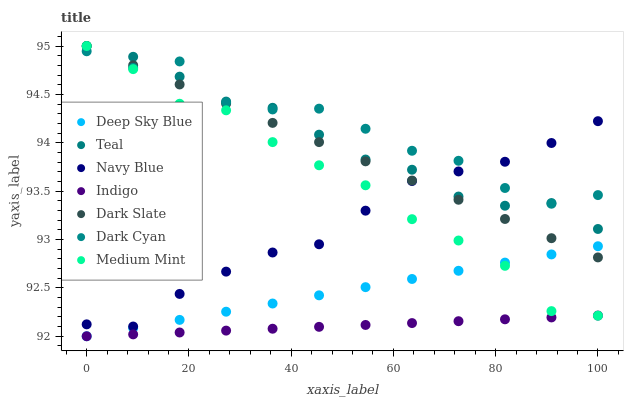
| xaxis_label | Deep Sky Blue | Teal | Navy Blue | Indigo | Dark Slate | Dark Cyan | Medium Mint |
 | --- | --- | --- | --- | --- | --- | --- | --- |
 | 0 | 92 | 95 | 92.1 | 92 | 95 | 94.9 | 95 |
 | 9.09 | 92.1 | 94.9 | 92.1 | 92 | 94.8 | 94.8 | 94.8 |
 | 18.2 | 92.2 | 94.7 | 92.4 | 92 | 94.6 | 94.8 | 94.4 |
 | 27.3 | 92.3 | 94.4 | 92.7 | 92.1 | 94.4 | 94.4 | 94.3 |
 | 36.4 | 92.3 | 94.4 | 92.9 | 92.1 | 94.2 | 94.3 | 94 |
 | 45.5 | 92.4 | 94.1 | 93 | 92.1 | 94 | 94.4 | 93.8 |
 | 54.5 | 92.5 | 93.8 | 93.3 | 92.1 | 93.8 | 94.1 | 93.6 |
 | 63.6 | 92.6 | 93.7 | 93.6 | 92.1 | 93.6 | 93.9 | 93.2 |
 | 72.7 | 92.7 | 93.4 | 93.7 | 92.2 | 93.4 | 93.8 | 93 |
 | 81.8 | 92.8 | 93.3 | 93.8 | 92.2 | 93.2 | 93.5 | 92.7 |
 | 90.9 | 92.8 | 93.4 | 94 | 92.2 | 93 | 93.4 | 92.3 |
 | 100 | 92.9 | 93.1 | 94.2 | 92.2 | 92.8 | 93.5 | 92.2 |